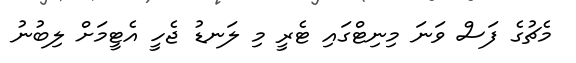
މެޗުގެ ފަސް ވަނަ މިނިޓްގައި ޓެރީ މި ލަނޑު ޖެހީ އެޓީމަށް ލިބުނު